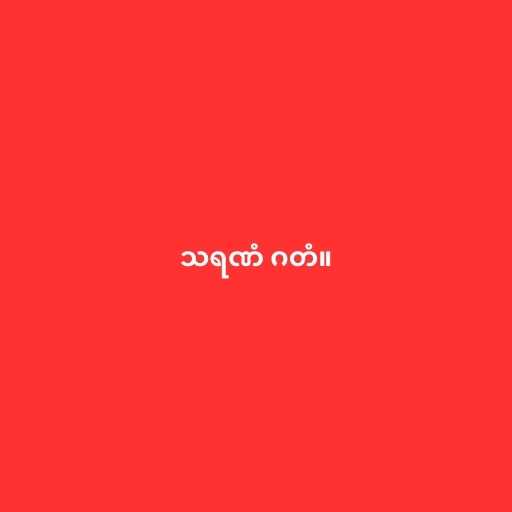
သရဏံ ဂတံ။